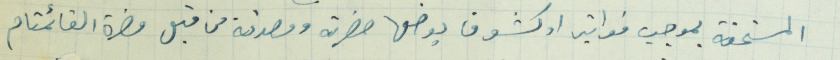
المستحقة بموجب فواتير او كشوف يوضعها حضرته ومصدقة من قبل حضرة القائمقام